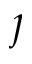
\jmath